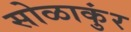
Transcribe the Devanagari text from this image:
सोळाकुंर